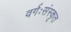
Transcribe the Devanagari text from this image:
वर्गःसंस्कृत